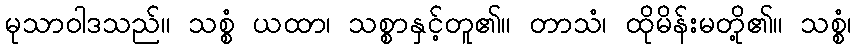
မုသာဝါဒသည်။ သစ္စံ ယထာ၊ သစ္စာနှင့်တူ၏။ တာသံ၊ ထိုမိန်းမတို့၏။ သစ္စံ၊